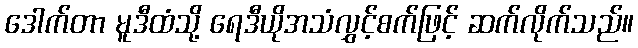
ဒေါက်တာ မူဒီထံသို့ ရေဒီယိုအသံလွှင့်စက်ဖြင့် ဆက်လိုက်သည်။